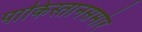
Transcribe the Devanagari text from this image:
पाकिस्तानसमोर